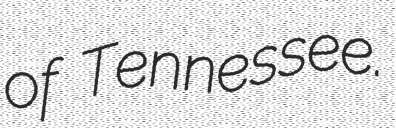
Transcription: of Tennessee.